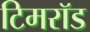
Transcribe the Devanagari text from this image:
टिमरॉड